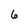
Character: 6